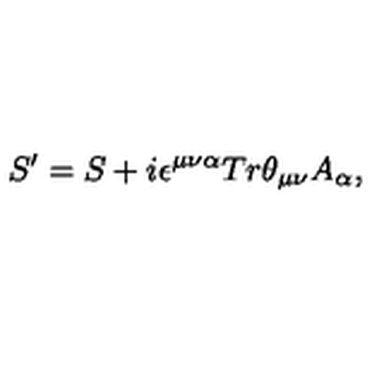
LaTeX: S ^ { \prime } = S + i \epsilon ^ { \mu \nu \alpha } T r \theta _ { \mu \nu } A _ { \alpha } ,